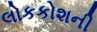
લોકકોશની